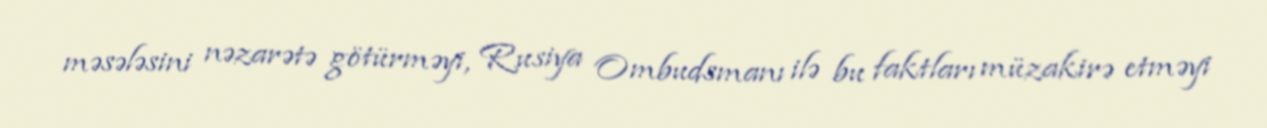
məsələsini nəzarətə götürməyi, Rusiya Ombudsmanı ilə bu faktları müzakirə etməyi